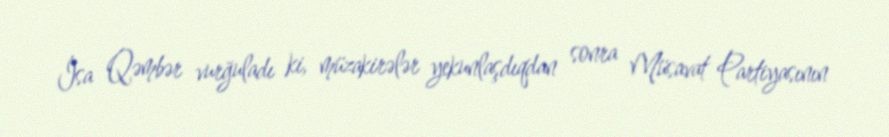
İsa Qəmbər vurğuladı ki, müzakirələr yekunlaşdıqdan sonra Müsavat Partiyasının